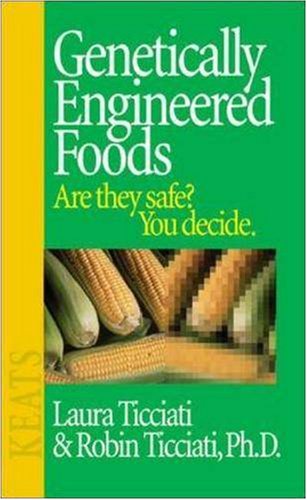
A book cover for Genetically Engineered Foods: Are They Safe? You Decide.; Laura Ticciati; Health, Fitness & Dieting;